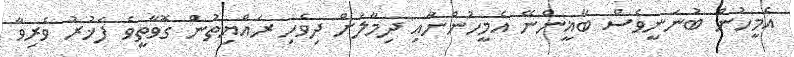
އެމީހުން ބުނަނީވެސް ބާޣީންނޭ އެމީހުންނާއި ދިމާލަށް ދިވެހި ރައްޔިތުން ގޮވާތީވެ ފަޚުރު ވެރިވާ